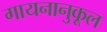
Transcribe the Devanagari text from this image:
गायनानुकूल